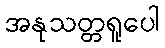
အနုသတ္တရူပေါ